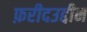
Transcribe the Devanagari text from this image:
फ़रीदउद्दीन